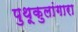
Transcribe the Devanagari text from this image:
पुथूकुलांगारा